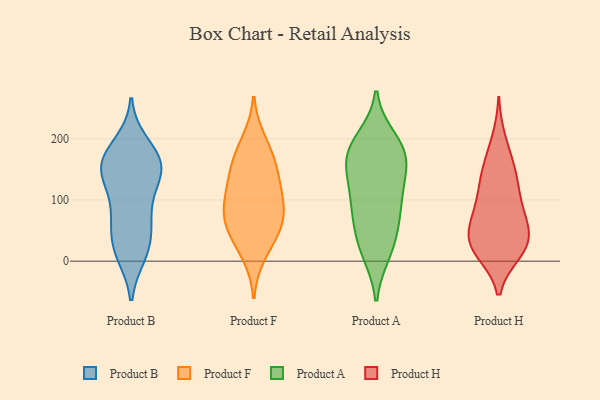
{"axis": {"x": "Active Users", "y": "Value"}, "legend": ["Product A", "Product B", "Product F", "Product H"], "data": [{"x": "", "y": 191, "type": "Product B"}, {"x": "", "y": 171, "type": "Product B"}, {"x": "", "y": 148, "type": "Product B"}, {"x": "", "y": 75, "type": "Product B"}, {"x": "", "y": 140, "type": "Product B"}, {"x": "", "y": 153, "type": "Product B"}, {"x": "", "y": 145, "type": "Product B"}, {"x": "", "y": 79, "type": "Product B"}, {"x": "", "y": 168, "type": "Product B"}, {"x": "", "y": 23, "type": "Product B"}, {"x": "", "y": 129, "type": "Product B"}, {"x": "", "y": 16, "type": "Product B"}, {"x": "", "y": 12, "type": "Product B"}, {"x": "", "y": 167, "type": "Product B"}, {"x": "", "y": 74, "type": "Product B"}, {"x": "", "y": 37, "type": "Product B"}, {"x": "", "y": 172, "type": "Product F"}, {"x": "", "y": 60, "type": "Product F"}, {"x": "", "y": 96, "type": "Product F"}, {"x": "", "y": 154, "type": "Product F"}, {"x": "", "y": 41, "type": "Product F"}, {"x": "", "y": 144, "type": "Product F"}, {"x": "", "y": 115, "type": "Product F"}, {"x": "", "y": 196, "type": "Product F"}, {"x": "", "y": 69, "type": "Product F"}, {"x": "", "y": 103, "type": "Product F"}, {"x": "", "y": 12, "type": "Product F"}, {"x": "", "y": 63, "type": "Product F"}, {"x": "", "y": 173, "type": "Product A"}, {"x": "", "y": 40, "type": "Product A"}, {"x": "", "y": 91, "type": "Product A"}, {"x": "", "y": 200, "type": "Product A"}, {"x": "", "y": 13, "type": "Product A"}, {"x": "", "y": 158, "type": "Product A"}, {"x": "", "y": 174, "type": "Product A"}, {"x": "", "y": 191, "type": "Product A"}, {"x": "", "y": 76, "type": "Product A"}, {"x": "", "y": 119, "type": "Product A"}, {"x": "", "y": 127, "type": "Product A"}, {"x": "", "y": 54, "type": "Product A"}, {"x": "", "y": 93, "type": "Product A"}, {"x": "", "y": 14, "type": "Product A"}, {"x": "", "y": 183, "type": "Product A"}, {"x": "", "y": 150, "type": "Product A"}, {"x": "", "y": 30, "type": "Product H"}, {"x": "", "y": 199, "type": "Product H"}, {"x": "", "y": 54, "type": "Product H"}, {"x": "", "y": 39, "type": "Product H"}, {"x": "", "y": 100, "type": "Product H"}, {"x": "", "y": 15, "type": "Product H"}, {"x": "", "y": 133, "type": "Product H"}, {"x": "", "y": 164, "type": "Product H"}, {"x": "", "y": 15, "type": "Product H"}, {"x": "", "y": 27, "type": "Product H"}, {"x": "", "y": 18, "type": "Product H"}, {"x": "", "y": 87, "type": "Product H"}, {"x": "", "y": 46, "type": "Product H"}, {"x": "", "y": 87, "type": "Product H"}, {"x": "", "y": 148, "type": "Product H"}, {"x": "", "y": 68, "type": "Product H"}, {"x": "", "y": 132, "type": "Product H"}]}